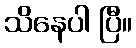
သိနေပါ ပြီ။